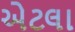
એટલા